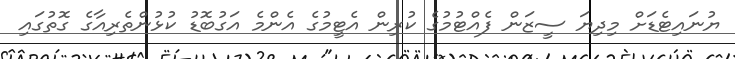
ޔުނައިޓެޑަށް މިދިޔަ ސީޒަން ފެއްޓުމުގެ ކުރިން އެޓީމުގެ އެންމެ އަގުބޮޑު ކުޅުންތެރިއާގެ ގޮތުގައި